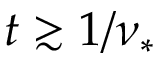
t \gtrsim 1 / \nu _ { * }